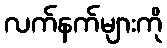
လက်နက်များကို